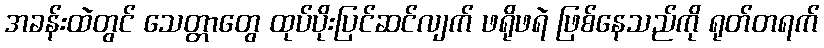
အခန်းထဲတွင် သေတ္တာတွေ ထုပ်ပိုးပြင်ဆင်လျက် ဖရိုဖရဲ ဖြစ်နေသည်ကို ရုတ်တရက်